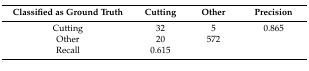
<table><thead><tr><td><b>Classified as Ground Truth</b></td><td><b>Cutting</b></td><td><b>Other</b></td><td><b>Precision</b></td></tr></thead><tbody><tr><td>Cutting</td><td>32</td><td>5</td><td>0.865</td></tr><tr><td>Other</td><td>20</td><td>572</td><td></td></tr><tr><td>Recall</td><td>0.615</td><td></td><td></td></tr></tbody></table>